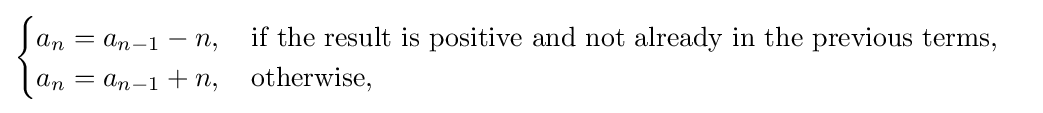
{\begin{cases}a_{n}=a_{n-1}-n,\quad {\text{if the result is positive and not already in the previous terms,}}\\a_{n}=a_{n-1}+n,\quad {\text{otherwise}},\end{cases}}